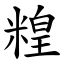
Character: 䊗